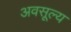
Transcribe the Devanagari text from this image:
अवसूल्य